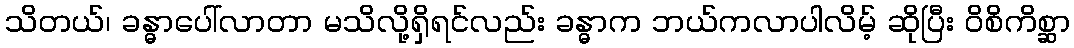
သိတယ်၊ ခန္ဓာပေါ်လာတာ မသိလို့ရှိရင်လည်း ခန္ဓာက ဘယ်ကလာပါလိမ့် ဆိုပြီး ဝိစိကိစ္ဆာ